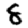
Digit: 8